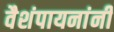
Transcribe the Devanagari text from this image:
वैशंपायनांनी